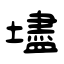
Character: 壗